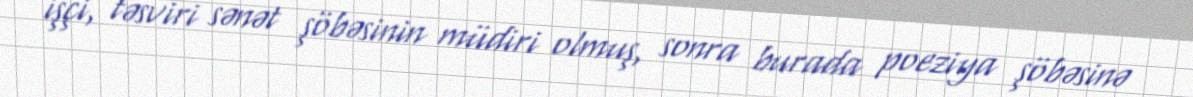
işçi, təsviri sənət şöbəsinin müdiri olmuş, sonra burada poeziya şöbəsinə